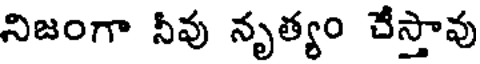
నిజంగా నీవు నృత్యం చేస్తావు